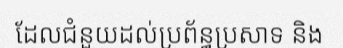
ដែលជំនួយដល់ប្រព័ន្ធប្រសាទ និង